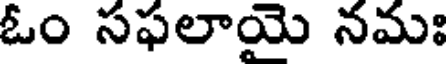
ఓం సఫలాయై నమః